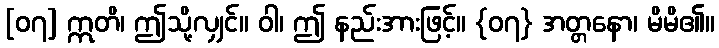
[၀၇] ဣတိ၊ ဤသို့လျှင်။ ဝါ၊ ဤ နည်းအားဖြင့်။ {၀၇} အတ္တနော၊ မိမိ၏။